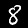
Label: 8